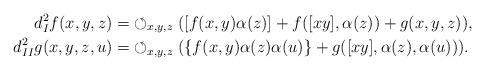
\begin{align*}d_I^2 f(x, y, z)=&\circlearrowleft_{x,y,z}([f(x, y)\alpha(z)]+f([xy], \alpha(z))+g(x, y, z)),\\d_{II}^2 g(x, y, z, u)=&\circlearrowleft_{x,y,z}(\{f(x, y)\alpha(z)\alpha(u)\}+g([xy], \alpha(z), \alpha(u))).\end{align*}